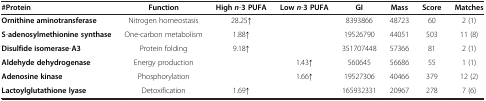
| #Protein | Function | High n-3 PUFA | Low n-3 PUFA | GI | Mass | Score | Matches |
 | --- | --- | --- | --- | --- | --- | --- | --- |
 | Ornithine aminotransferase | Nitrogen homeostasis | 28.25↑ |  | 8393866 | 48723 | 60 | 2 (1) |
 | S-adenosylmethionine synthase | One-carbon metabolism | 1.88↑ |  | 19526790 | 44051 | 503 | 11 (8) |
 | Disulfide isomerase-A3 | Protein folding | 9.18↑ |  | 351707448 | 57366 | 81 | 2 (1) |
 | Aldehyde dehydrogenase | Energy production |  | 1.43↑ | 560645 | 56686 | 55 | 1 (1) |
 | Adenosine kinase | Phosphorylation |  | 1.66↑ | 19527306 | 40466 | 379 | 12 (2) |
 | Lactoylglutathione lyase | Detoxification | 1.69↑ |  | 165932331 | 20967 | 278 | 7 (6) |